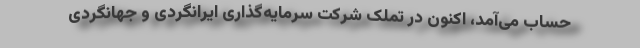
حساب می‌آمد، اکنون در تملک شرکت سرمایه‌گذاری ایرانگردی و جهانگردی